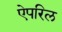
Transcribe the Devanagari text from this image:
ऐपरिल